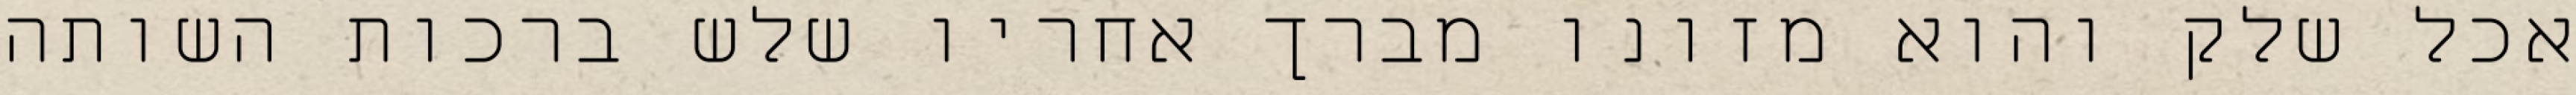
אכל שלק והוא מזונו מברך אחריו שלש ברכות השותה